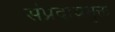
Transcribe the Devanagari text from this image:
संप्रदायमुक्त